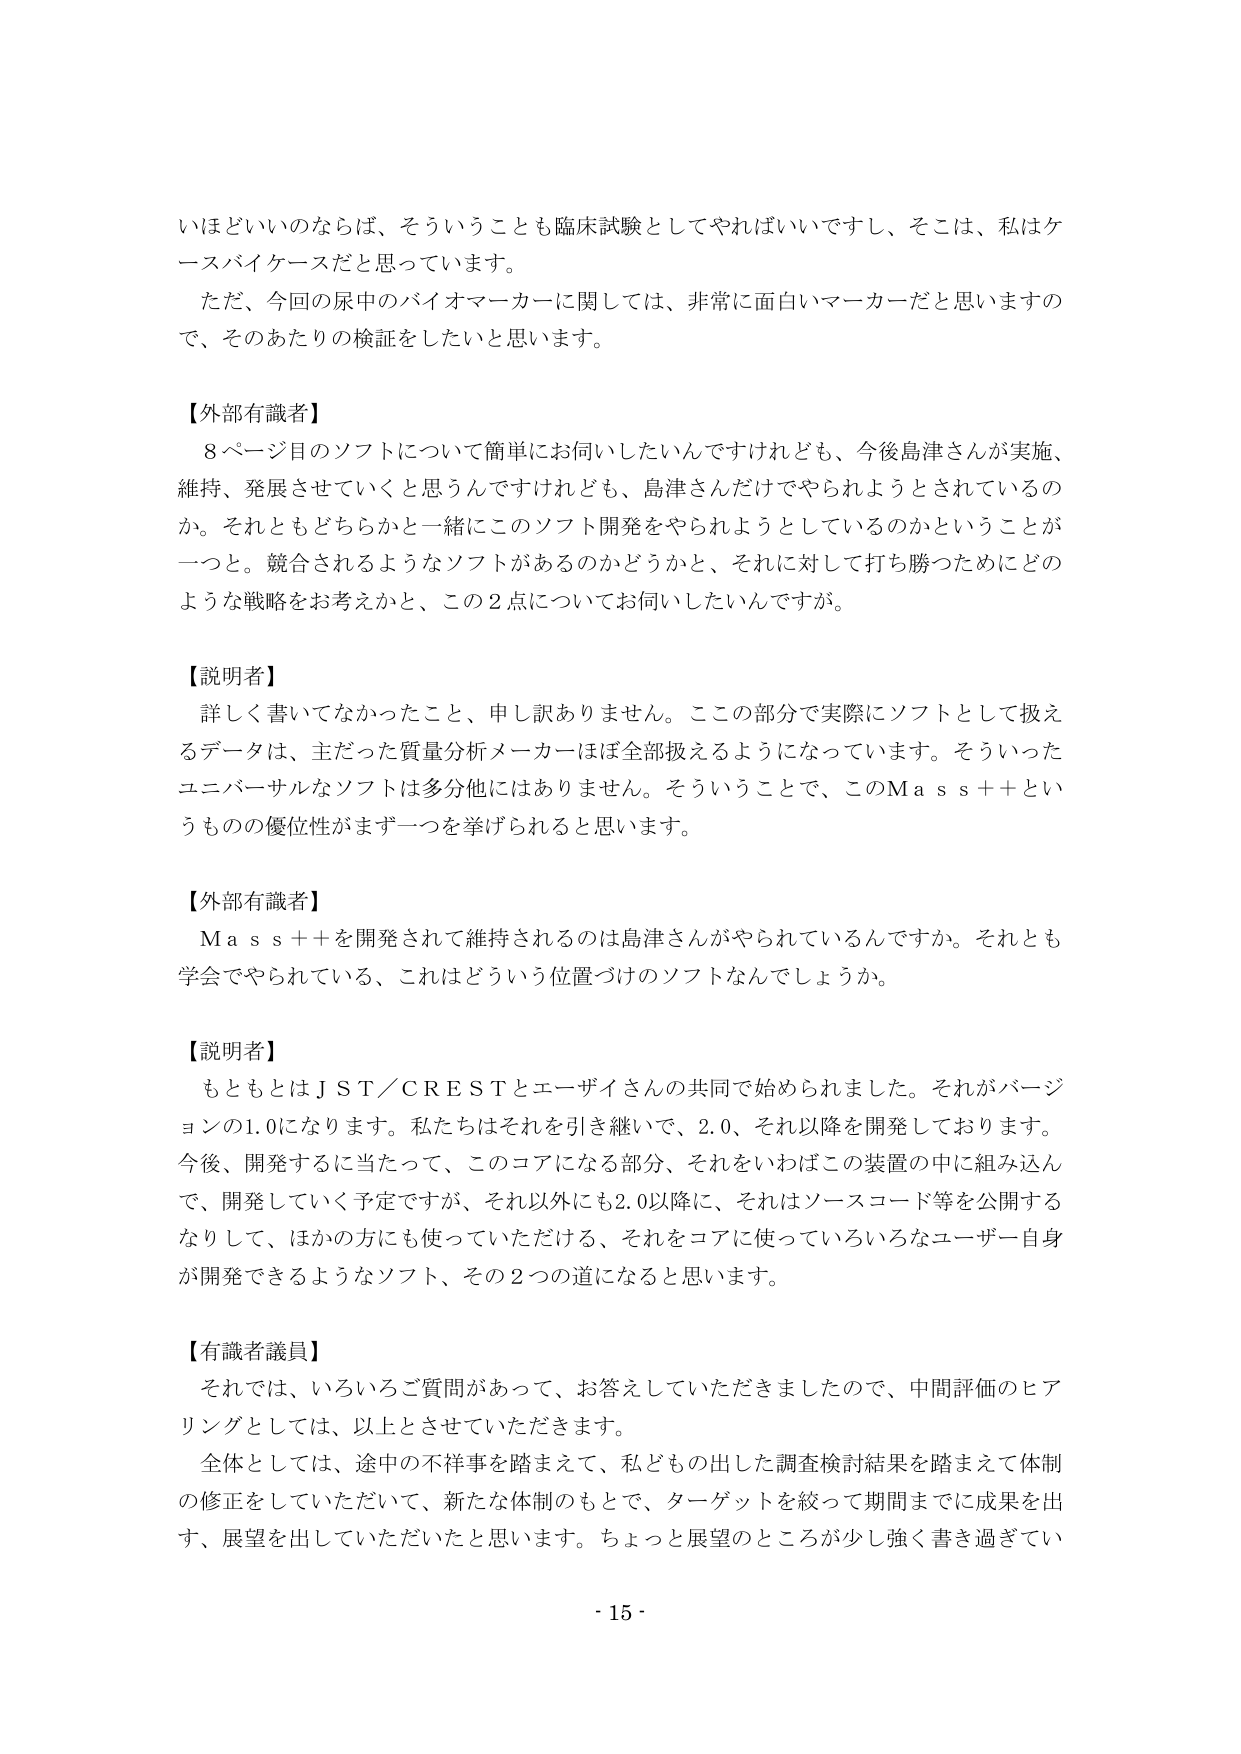
いはどいいのならば、そういうことも臨床試験としてやればいいですし、そこは、私はケースバイケースだと思っています。

ただ、今回の尿中のバイオマーカーに関しては、非常に面白いマーカーだと思いますので、そのあたりの検証をしたいと思います。

【外部有識者】
8ページ目のソフトについて簡単にお伺いしたいんですけれども、今後島津さんが実施、維持、発展させていくと思うんですけれども、島津さんだけでやられようとしているのか。それともどちらかと一緒にこのソフト開発をやられようとしているのかということが一つと。競合されるようなソフトがあるのかどうかと、それに対して打ち勝つためにどのような戦略をお考えかと、この2点についてお伺いしたいんですが。

【説明者】
詳しく書いてなかったこと、申し訳ありません。ここの部分で実際にソフトとして扱えるデータは、主だった質量分析メーカーほぼ全部扱えるようになっています。そういったユニバーサルなソフトは多分他にはありません。そういうことで、このMass++というものの優位性がまず一つを挙げられると思います。

【外部有識者】
Mass++を開発されて維持されるのは島津さんがやられているんですか。それとも学会でやられている、これはどういう位置づけのソフトなんでしょうか。

【説明者】
もともとはJST/CRESTとユーザイさんの共同で始められました。それがバージョンの1.0になります。私たちはそれを引き継いで、2.0、それ以降を開発しております。今後、開発するに当たって、このコアになる部分、それをいわばこの装置の中に組み込んで、開発していく予定ですが、それ以外にも2.0以降に、それはソースコード等を公開するなりして、ほかの方にも使っていただける、それをコアに使っていろいろなユーザー自身が開発できるようなソフト、その2つの道になると思います。

【有識者議員】
それでは、いろいろご質問があって、お答えしていただきましたので、中間評価のヒアリングとしては、以上とさせていただきます。
全体としては、途中の不祥事を踏まえて、私どもの出した調査検討結果を踏まえて体制の修正をしていただいて、新たな体制のもとで、ターゲットを絞って期間までに成果を出す、展望を出していただいたと思います。ちょっと展望のところが少し強く書き過ぎてい

- 15 -